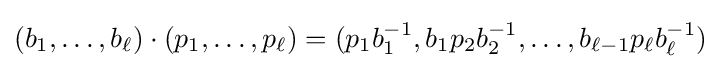
(b_{1},\ldots ,b_{\ell })\cdot (p_{1},\ldots ,p_{\ell })=(p_{1}b_{1}^{-1},b_{1}p_{2}b_{2}^{-1},\ldots ,b_{\ell -1}p_{\ell }b_{\ell }^{-1})